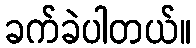
ခက်ခဲပါတယ်။